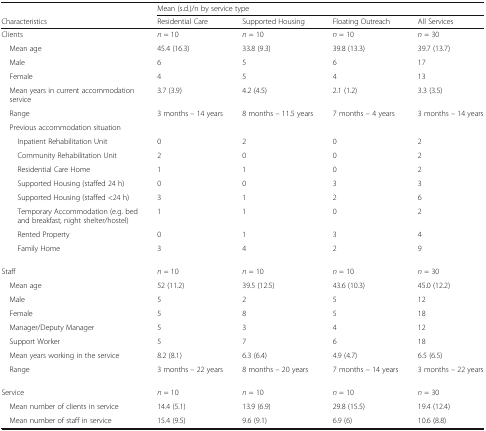
<table><thead><tr><td></td><td colspan="4"><b>Mean (s.d.)/n by service type</b></td></tr><tr><td><b>Characteristics</b></td><td><b>Residential Care</b></td><td><b>Supported Housing</b></td><td><b>Floating Outreach</b></td><td><b>All Services</b></td></tr></thead><tbody><tr><td>Clients</td><td><i>n</i> = 10</td><td><i>n</i> = 10</td><td><i>n</i> = 10</td><td><i>n</i> = 30</td></tr><tr><td> Mean age</td><td>45.4 (16.3)</td><td>33.8 (9.3)</td><td>39.8 (13.3)</td><td>39.7 (13.7)</td></tr><tr><td> Male</td><td>6</td><td>5</td><td>6</td><td>17</td></tr><tr><td> Female</td><td>4</td><td>5</td><td>4</td><td>13</td></tr><tr><td> Mean years in current accommodation service</td><td>3.7 (3.9)</td><td>4.2 (4.5)</td><td>2.1 (1.2)</td><td>3.3 (3.5)</td></tr><tr><td> Range</td><td>3 months – 14 years</td><td>8 months – 11.5 years</td><td>7 months – 4 years</td><td>3 months – 14 years</td></tr><tr><td> Previous accommodation situation</td><td></td><td></td><td></td><td></td></tr><tr><td>Inpatient Rehabilitation Unit</td><td>0</td><td>2</td><td>0</td><td>2</td></tr><tr><td>Community Rehabilitation Unit</td><td>2</td><td>0</td><td>0</td><td>2</td></tr><tr><td>Residential Care Home</td><td>1</td><td>1</td><td>0</td><td>2</td></tr><tr><td>Supported Housing (staffed 24 h)</td><td>0</td><td>0</td><td>3</td><td>3</td></tr><tr><td>Supported Housing (staffed &lt;24 h)</td><td>3</td><td>1</td><td>2</td><td>6</td></tr><tr><td>Temporary Accommodation (e.g. bed and breakfast, night shelter/hostel)</td><td>1</td><td>1</td><td>0</td><td>2</td></tr><tr><td>Rented Property</td><td>0</td><td>1</td><td>3</td><td>4</td></tr><tr><td>Family Home</td><td>3</td><td>4</td><td>2</td><td>9</td></tr><tr><td>Staff</td><td><i>n</i> = 10</td><td><i>n</i> = 10</td><td><i>n</i> = 10</td><td><i>n</i> = 30</td></tr><tr><td> Mean age</td><td>52 (11.2)</td><td>39.5 (12.5)</td><td>43.6 (10.3)</td><td>45.0 (12.2)</td></tr><tr><td> Male</td><td>5</td><td>2</td><td>5</td><td>12</td></tr><tr><td> Female</td><td>5</td><td>8</td><td>5</td><td>18</td></tr><tr><td> Manager/Deputy Manager</td><td>5</td><td>3</td><td>4</td><td>12</td></tr><tr><td> Support Worker</td><td>5</td><td>7</td><td>6</td><td>18</td></tr><tr><td> Mean years working in the service</td><td>8.2 (8.1)</td><td>6.3 (6.4)</td><td>4.9 (4.7)</td><td>6.5 (6.5)</td></tr><tr><td> Range</td><td>3 months – 22 years</td><td>8 months – 20 years</td><td>7 months – 14 years</td><td>3 months – 22 years</td></tr><tr><td>Service</td><td><i>n</i> = 10</td><td><i>n</i> = 10</td><td><i>n</i> = 10</td><td><i>n</i> = 30</td></tr><tr><td> Mean number of clients in service</td><td>14.4 (5.1)</td><td>13.9 (6.9)</td><td>29.8 (15.5)</td><td>19.4 (12.4)</td></tr><tr><td> Mean number of staff in service</td><td>15.4 (9.5)</td><td>9.6 (9.1)</td><td>6.9 (6)</td><td>10.6 (8.8)</td></tr></tbody></table>